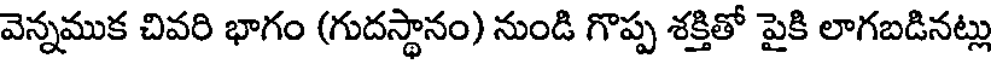
వెన్నముక చివరి భాగం (గుదస్థానం) నుండి గొప్ప శక్తితో పైకి లాగబడినట్లు